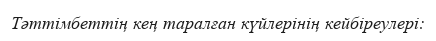
Тәттімбеттің кең таралған күйлерінің кейбіреулері: